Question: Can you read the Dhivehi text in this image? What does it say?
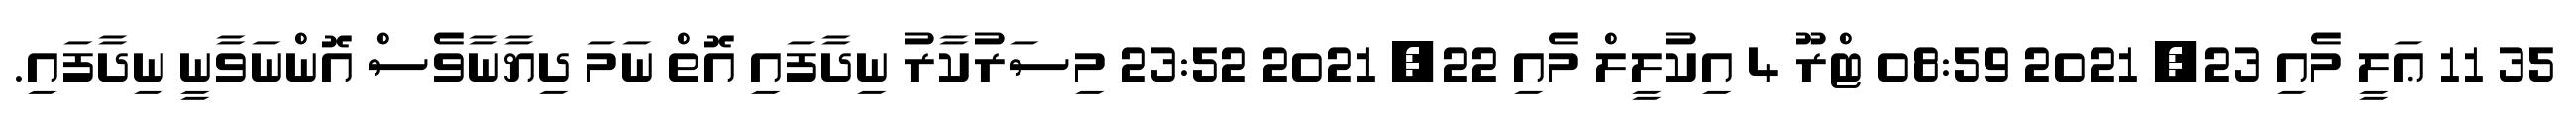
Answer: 35 11 ޢަލީ މެއި 23, 2021 08:59 ޓްރޫ 4 އިކުލީލް މެއި 22, 2021 23:52 މިސަރުކާރު ނިދާފައި އޮތް ނަމަ ދިޔާނާވެސް އޮންނަވާނީ ނިދާފައި.